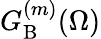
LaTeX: G_{\mathrm{B}}^{(m)}(\Omega)